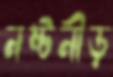
নষ্টনীড়